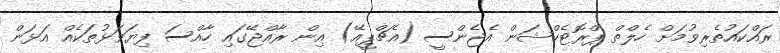
ރައްކައުތެރިވުމަށް ހެލްތް ޕްރޮޓެކްޝަން އެޖެންސީ (އެޗްޕީއޭ) އިން ރާއްޖޭގައި ހާއްސަ ފިޔަވަޅުތަކެއް އަޅަން